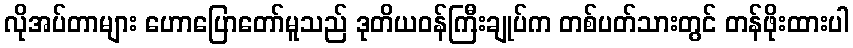
လိုအပ်တာများ ဟောပြောတော်မူသည် ဒုတိယဝန်ကြီးချုပ်က တစ်ပတ်သားတွင် တန်ဖိုးထားပါ